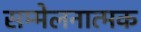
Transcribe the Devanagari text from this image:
सम्मेलनात्मक